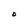
Character: O